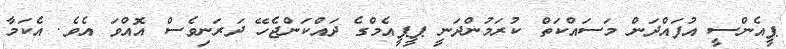
ޕީއެންސީ އުފައްދަން މަސައްކަތް ކުރަމުންދަނީ ޕީޕީއެމްގެ ދައްކަންޖެހޭ ދަރަނިވެސް އޮއްވަ އެވެ. އެކަމާ